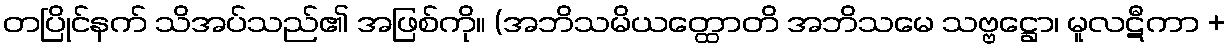
တပြိုင်နက် သိအပ်သည်၏ အဖြစ်ကို။ (အဘိသမိယတ္ထောတိ အဘိသမေ သဗ္ဗဋ္ဌော၊ မူလဋီကာ +